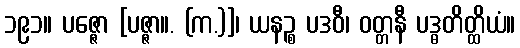
၁၉၁။ ပဇ္ဇော [ပဇ္ဇာ။. (က.)]၊ ယနဉ္စ ပဒဝီ၊ ဝတ္တနီ ပဒ္ဓတိတ္ထိယံ။